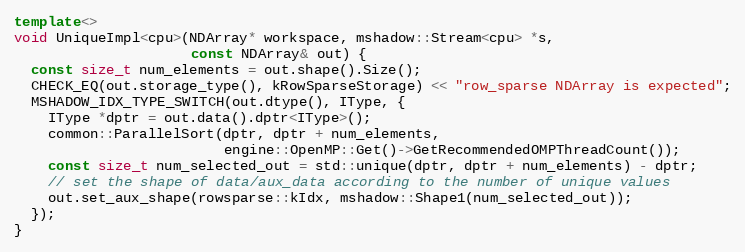
Language: C++
template<>
void UniqueImpl<cpu>(NDArray* workspace, mshadow::Stream<cpu> *s,
                     const NDArray& out) {
  const size_t num_elements = out.shape().Size();
  CHECK_EQ(out.storage_type(), kRowSparseStorage) << "row_sparse NDArray is expected";
  MSHADOW_IDX_TYPE_SWITCH(out.dtype(), IType, {
    IType *dptr = out.data().dptr<IType>();
    common::ParallelSort(dptr, dptr + num_elements,
                         engine::OpenMP::Get()->GetRecommendedOMPThreadCount());
    const size_t num_selected_out = std::unique(dptr, dptr + num_elements) - dptr;
    // set the shape of data/aux_data according to the number of unique values
    out.set_aux_shape(rowsparse::kIdx, mshadow::Shape1(num_selected_out));
  });
}